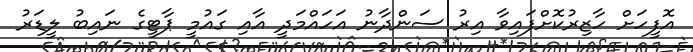
އޮފީހަށް ހާޒިރުކޮށްފައިވާ އިރު ސަންދާނު އަހައްމަދީ އާއި ގައުމީ ޕާޓީގެ ނައިބު ލީޑަރު